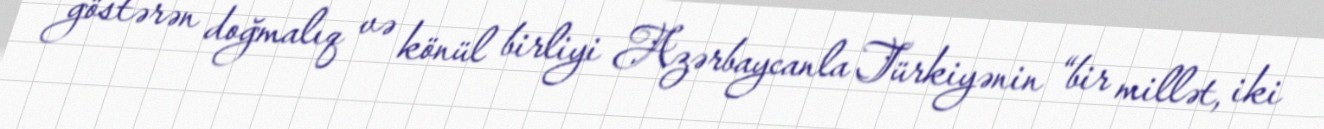
göstərən doğmalıq və könül birliyi Azərbaycanla Türkiyənin “bir millət, iki